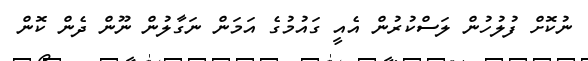
ނުކޮށް ފުލުހުން ލަސްކުރުން އެއީ ގައުމުގެ އަމަން ނަގާލުން ނޫން ދެން ކޮން